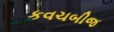
કવચબીજ